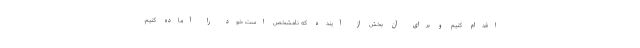
اقدام کنیم و برای آن بخش از آینده که نامشخص است خود را آماده کنیم.